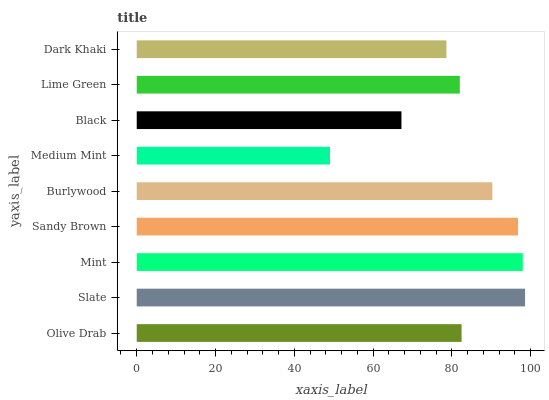
| yaxis_label | bars |
 | --- | --- |
 | Olive Drab | 82.5 |
 | Slate | 98.6 |
 | Mint | 98 |
 | Sandy Brown | 96.8 |
 | Burlywood | 90.3 |
 | Medium Mint | 49.1 |
 | Black | 67.2 |
 | Lime Green | 82 |
 | Dark Khaki | 78.6 |